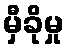
မှီခိုမှု